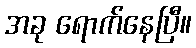
အခု ရောက်နေပြီ။